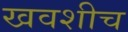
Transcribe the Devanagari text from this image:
खवशीच